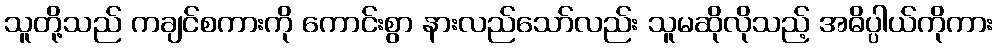
သူတို့သည် ကချင်စကားကို ကောင်းစွာ နားလည်သော်လည်း သူမဆိုလိုသည့် အဓိပ္ပါယ်ကိုကား